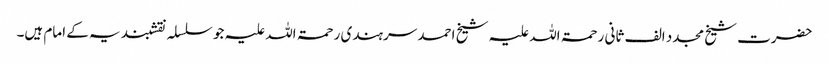
حضرت شیخ مجدد الف ثانی رحمۃ اللہ علیہ شیخ احمد سرہندی رحمۃ اللہ علیہ جو سلسلہ نقشبندیہ کے امام ہیں۔